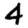
Digit: 4